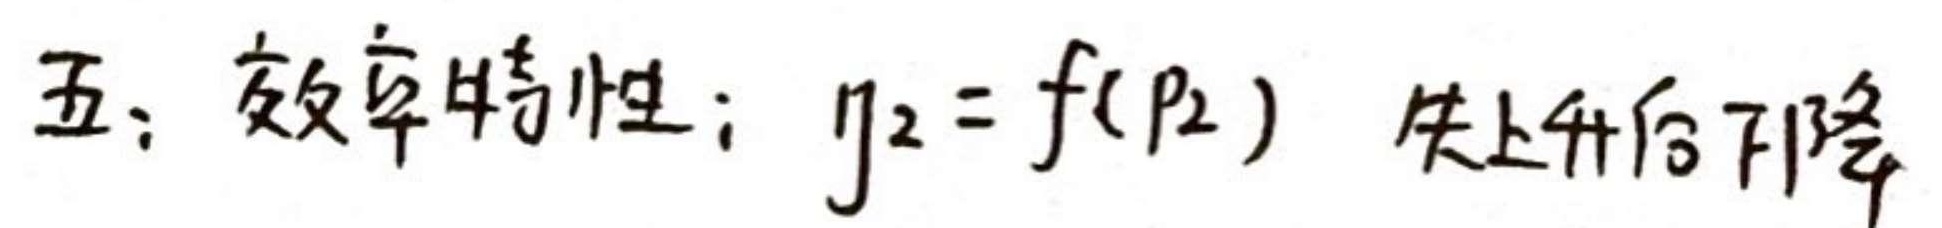
五、效率特性：$\eta_2 = f(p_2)$ 先上升后下降